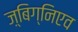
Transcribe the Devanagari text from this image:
ज़्बिग्निएव